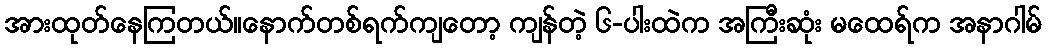
အားထုတ်နေကြတယ်။နောက်တစ်ရက်ကျတော့ ကျန်တဲ့ ၆-ပါးထဲက အကြီးဆုံး မထေရ်က အနာဂါမ်